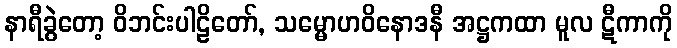
နာရီခွဲတော့ ဝိဘင်းပါဠိတော်, သမ္မောဟဝိနောဒနီ အဋ္ဌကထာ မူလ ဋီကာကို